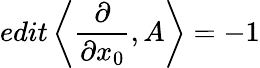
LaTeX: edit\left<\frac{\partial}{\partial x_{0}},A\right>=-1